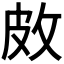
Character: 𪾇